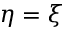
\eta = \xi